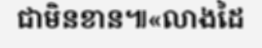
ជាមិនខាន៕«លាងដៃ